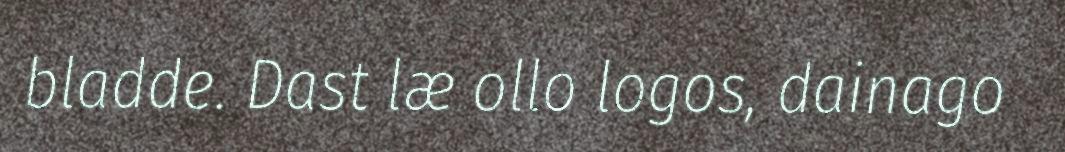
bladde. Dast læ ollo logos, dainago